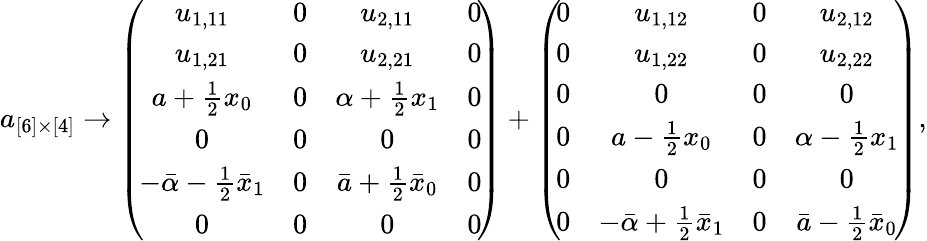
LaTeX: a_{[6]\times[4]}\rightarrow\left(\! \begin{array}{cccc}{{u_{1,11}}}&{{0}}&{{u_{2,11}}}&{{0}}\\ {{u_{1,21}}}&{{0}}&{{u_{2,21}}}&{{0}}\\ {{a+\frac{1}{2}x_{0}}}&{{0}}&{{\alpha+\frac{1}{2}x_{1}}}&{{0}}\\ {{0}}&{{0}}&{{0}}&{{0}}\\ {{-\bar{\alpha}-\frac{1}{2}\bar{x}_{1}}}&{{0}}&{{\bar{a}+\frac{1}{2}\bar{x}_{0}}}&{{0}}\\ {{0}}&{{0}}&{{0}}&{{0}}\end{array}\! \right)+\left(\! \begin{array}{cccc}{{0}}&{{u_{1,12}}}&{{0}}&{{u_{2,12}}}\\ {{0}}&{{u_{1,22}}}&{{0}}&{{u_{2,22}}}\\ {{0}}&{{0}}&{{0}}&{{0}}\\ {{0}}&{{a-\frac{1}{2}x_{0}}}&{{0}}&{{\alpha-\frac{1}{2}x_{1}}}\\ {{0}}&{{0}}&{{0}}&{{0}}\\ {{0}}&{{-\bar{\alpha}+\frac{1}{2}\bar{x}_{1}}}&{{0}}&{{\bar{a}-\frac{1}{2}\bar{x}_{0}}}\end{array}\! \right),